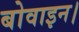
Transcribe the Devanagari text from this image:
बोवाइन।